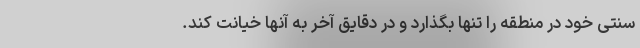
سنتی خود در منطقه را تنها بگذارد و در دقایق آخر به آنها خیانت کند.